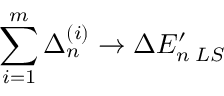
\sum _ { i = 1 } ^ { m } \Delta _ { n } ^ { ( i ) } \rightarrow \Delta E _ { n \; L S } ^ { \prime }